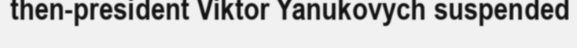
then-president Viktor Yanukovych suspended